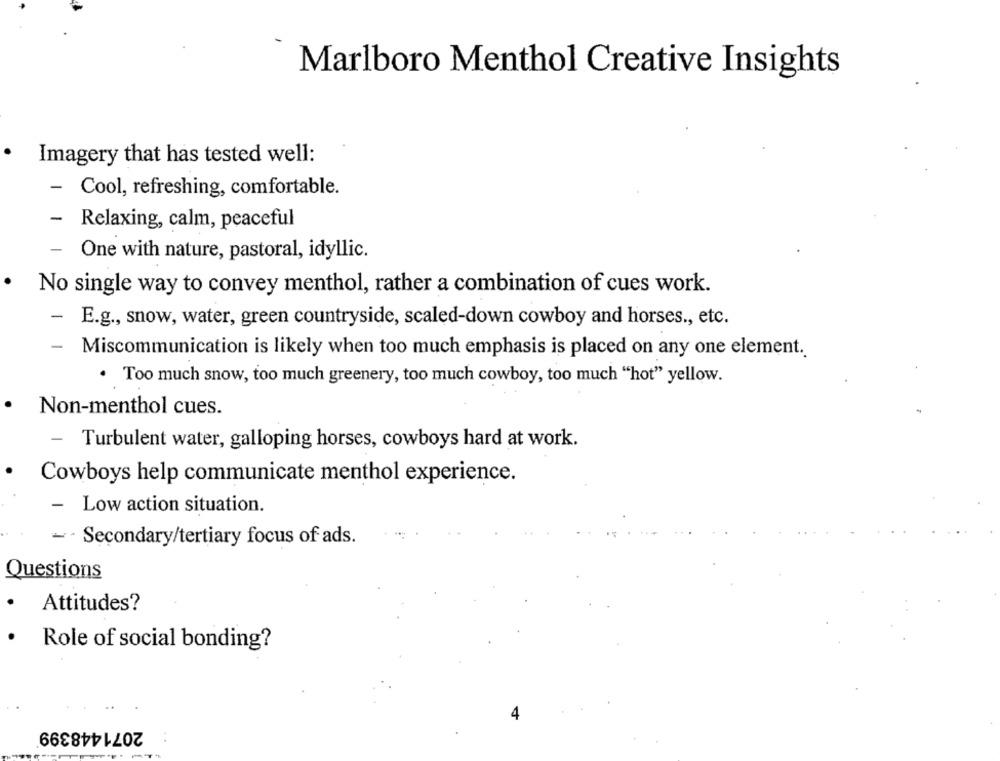
Marlboro Menthol Creative Insights
Imagery that has tested well:
- Cool, refreshing, comfortable.
- Relaxing, calm, peaceful
- One with nature, pastoral, idyllic.
No single way to convey menthol, rather a combination of cues work.
-
E.g ., snow, water, green countryside, scaled-down cowboy and horses ., etc.
-
Miscommunication is likely when too much emphasis is placed on any one element.
· Too much snow, too much greenery, too much cowboy, too much "hot" yellow.
Non-menthol cues.
-
Turbulent water, galloping horses, cowboys hard at work.
Cowboys help communicate menthol experience.
-
Low action situation.
- - Secondary/tertiary focus of ads.
Questions
Attitudes?
Role of social bonding?
2071448399